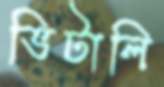
ভিটালি